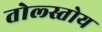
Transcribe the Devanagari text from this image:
तोल्स्तोय